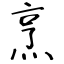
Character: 烹